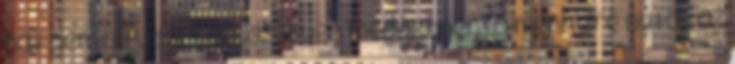
hát nem is tudom. egyszerűen megdöbbentő mennyire buták az